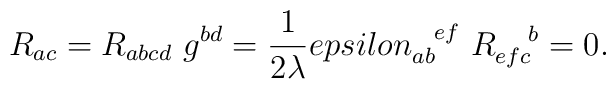
R_{ac} = R_{abcd}\ g^{bd} = {1\over 2\lambda}\\epsilon_{ab}^{\ \ ef}\ R_{efc}^{\ \ \ b} = 0.